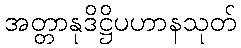
အတ္တာနုဒိဋ္ဌိပဟာနသုတ်